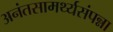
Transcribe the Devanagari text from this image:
अनंतसामर्थ्यसंपन्ना